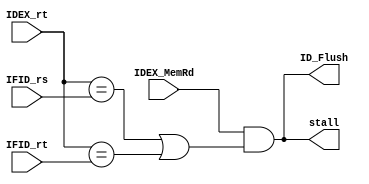
/*
 * Hazard detection: stalling and branching 
 */


module HazardUnit(
					input IDEX_MemRd,
					input [4:0] IDEX_rt, IFID_rs, IFID_rt,
					output ID_Flush,
					output stall // flush IDEX and keep PC/IFID
					);

	assign stall = (IDEX_MemRd && ((IDEX_rt == IFID_rs) || (IDEX_rt == IFID_rt)));
	assign ID_Flush = stall;
endmodule